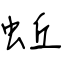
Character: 蚯